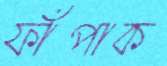
ফাঁপাক